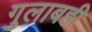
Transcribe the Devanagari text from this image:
गुलाबही